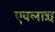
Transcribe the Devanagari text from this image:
एवलान्च